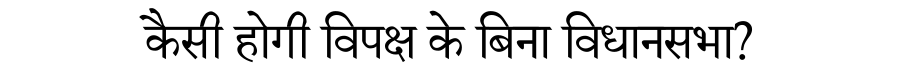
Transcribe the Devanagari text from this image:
कैसी होगी विपक्ष के बिना विधानसभा?